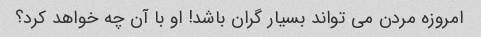
امروزه مردن می تواند بسیار گران باشد! او با آن چه خواهد کرد؟